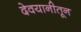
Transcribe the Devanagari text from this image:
देवयानीतून